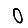
Digit: 0